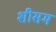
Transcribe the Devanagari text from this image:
शीसम